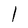
Character: l